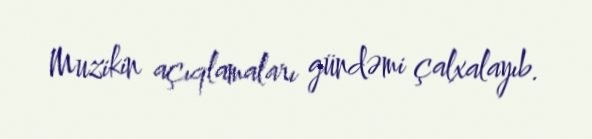
Muzikin açıqlamaları gündəmi çalxalayıb.